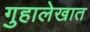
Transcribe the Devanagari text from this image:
गुहालेखात